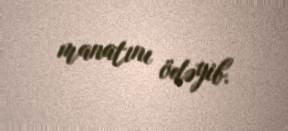
manatını ödəyib.